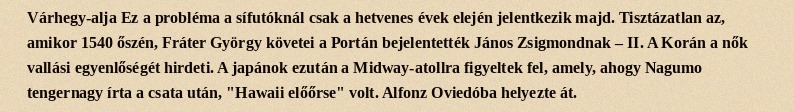
Várhegy-alja Ez a probléma a sífutóknál csak a hetvenes évek elején jelentkezik majd. Tisztázatlan az, amikor 1540 őszén, Fráter György követei a Portán bejelentették János Zsigmondnak – II. A Korán a nők vallási egyenlőségét hirdeti. A japánok ezután a Midway-atollra figyeltek fel, amely, ahogy Nagumo tengernagy írta a csata után, "Hawaii előőrse" volt. Alfonz Oviedóba helyezte át.